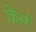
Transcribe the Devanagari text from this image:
किर्स